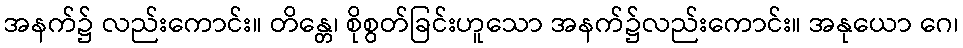
အနက်၌ လည်းကောင်း။ တိန္တေ၊ စိုစွတ်ခြင်းဟူသော အနက်၌လည်းကောင်း။ အနုယော ဂေ၊